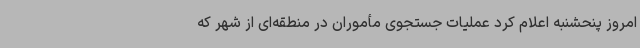
امروز پنحشنبه اعلام کرد عملیات جستجوی مأموران در منطقه‌ای از شهر که